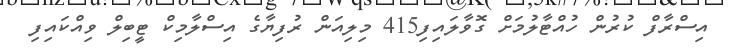
އިސްރާފް ކުރުން ހުއްޓާލުމަށް ގޮވާލައިފި415 މިލިއަން ރުފިޔާގެ އިސްލާމިކް ޓީބިލް ވިއްކައިފި